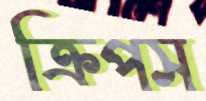
ক্রিপস